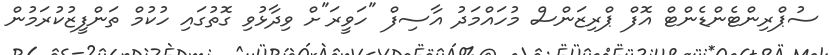
ސުޕްރިންޓެންޑެންޓް އޮފް ޕްރިޒަންސް މުހައްމަދު އާސިފް "ހަވީރަ"ށް ވިދާޅުވި ގޮތުގައި ހުކުމް ތަންފީޒުކުރަމުން